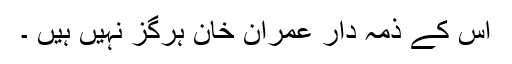
اس کے ذمہ دار عمران خان ہرگز نہیں ہیں ۔